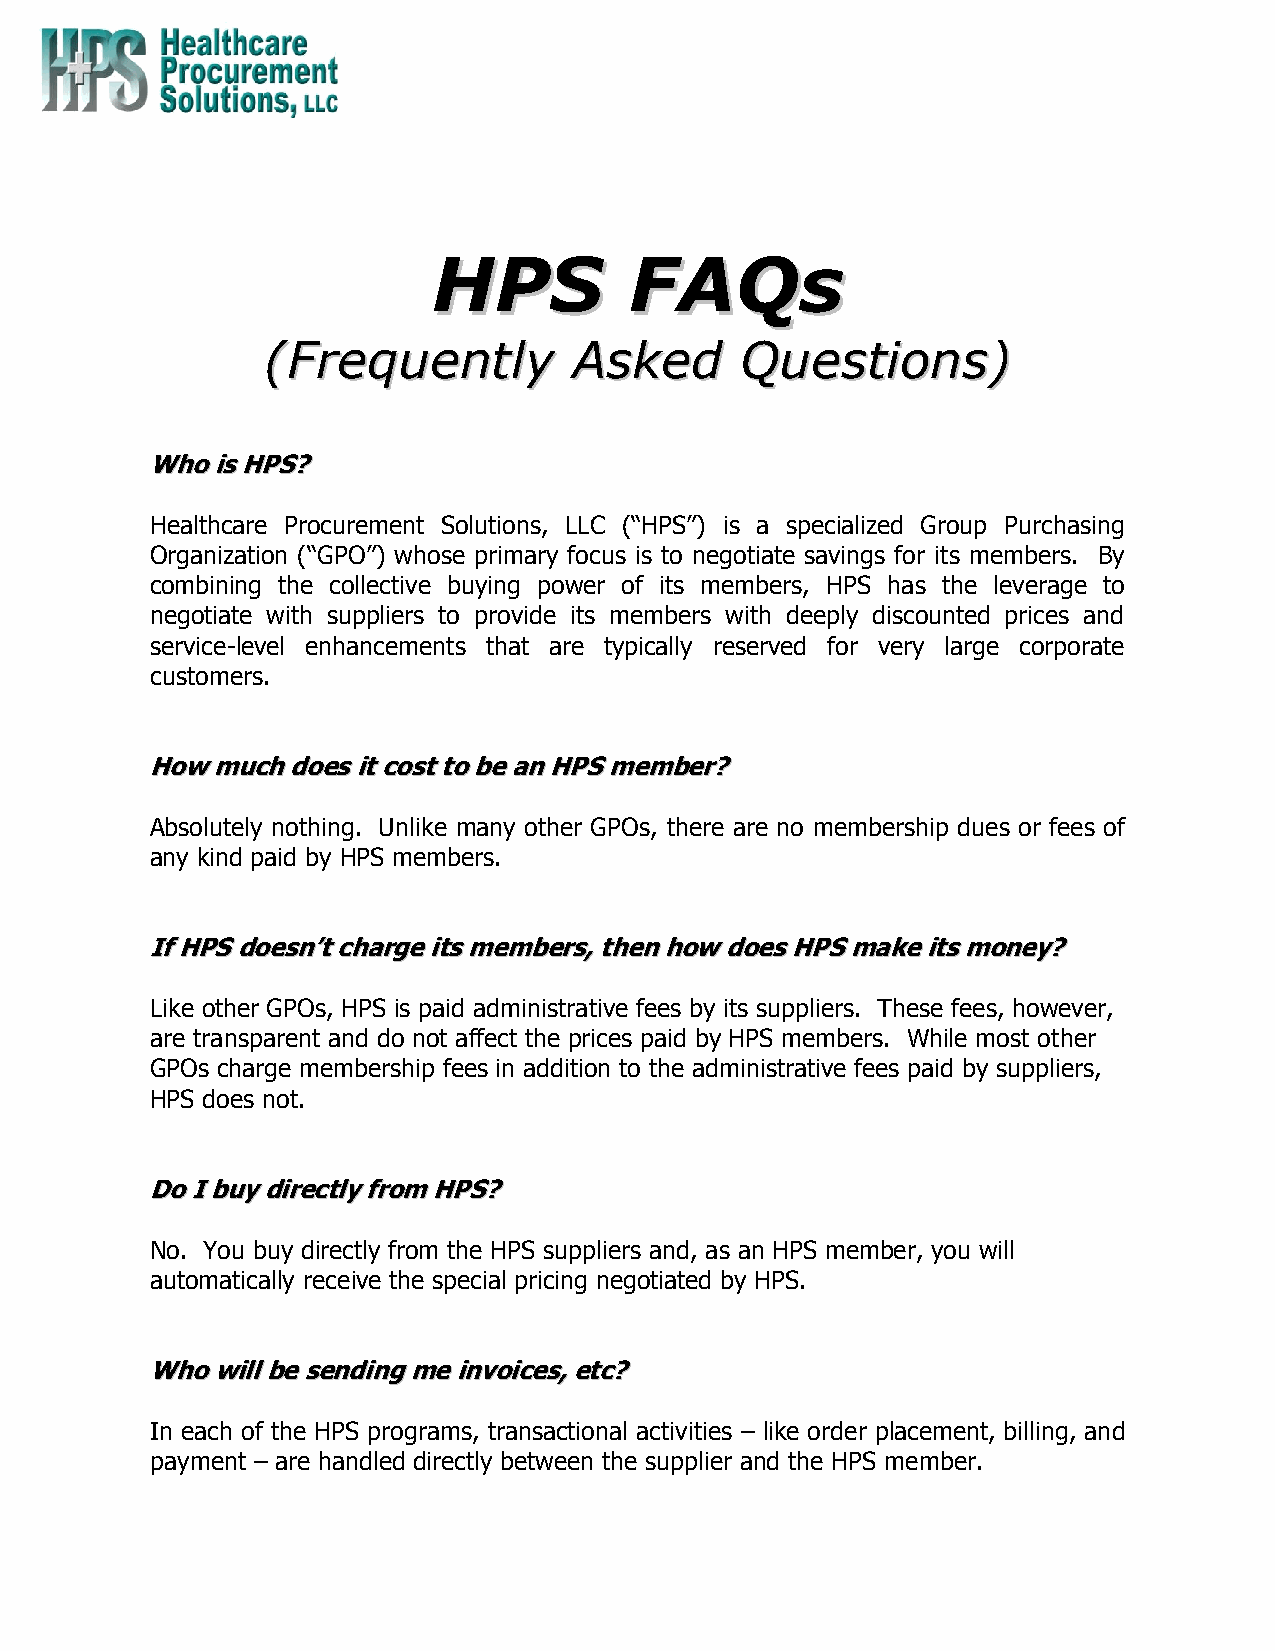
HHPPSS       FFAAQQss
 ((FFrreeqquueennttllyy AAsskkeedd QQuueessttiioonnss))
 WWhhoo iiss HHPPSS??
 Healthcare Procurement Solutions, LLC (“HPS”) is a specialized Group Purchasing
 Organization (“GPO”) whose primary focus is to negotiate savings for its members. By
 combining the collective buying power of its members, HPS has the leverage to
 negotiate with suppliers to provide its members with deeply discounted prices and
 service-level enhancements that are typically reserved for very large corporate
 customers.
 HHooww mmuucchh ddooeess iitt ccoosstt ttoo bbee aann HHPPSS mmeemmbbeerr??
 Absolutely nothing. Unlike many other GPOs, there are no membership dues or fees of
 any kind paid by HPS members.
 IIff HHPPSS ddooeessnn’’tt cchhaarrggee iittss mmeemmbbeerrss,, tthheenn hhooww ddooeess HHPPSS mmaakkee iittss mmoonneeyy??
 Like other GPOs, HPS is paid administrative fees by its suppliers. These fees, however,
 are transparent and do not affect the prices paid by HPS members. While most other
 GPOs charge membership fees in addition to the administrative fees paid by suppliers,
 HPS does not.
 DDoo II bbuuyy ddiirreeccttllyy ffrroomm HHPPSS??
 No. You buy directly from the HPS suppliers and, as an HPS member, you will
 automatically receive the special pricing negotiated by HPS.
 WWhhoo wwiillll bbee sseennddiinngg mmee iinnvvooiicceess,, eettcc??
 In each of the HPS programs, transactional activities – like order placement, billing, and
 payment – are handled directly between the supplier and the HPS member.